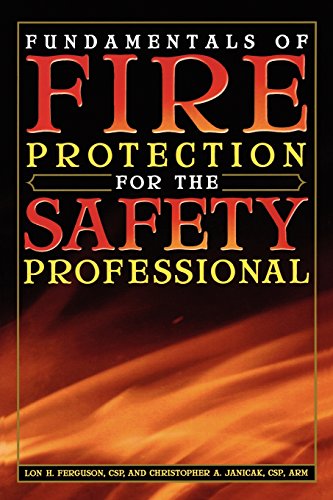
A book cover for Fundamentals of Fire Protection for the Safety Professional; Lon H. Ferguson; Business & Money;